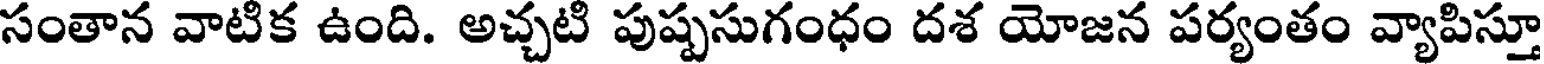
సంతాన వాటిక ఉంది. అచ్చటి పుష్పసుగంధం దశ యోజన పర్యంతం వ్యాపిస్తూ